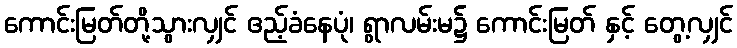
ကောင်းမြတ်တို့သွားလျှင် ဧည့်ခံနေပုံ၊ ရွာလမ်းမ၌ ကောင်းမြတ် နှင့် တွေ့လျှင်